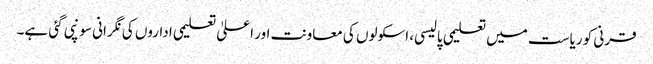
قرنی کو ریاست میں تعلیمی پالیسی، اسکولوں کی معاونت اور اعلیٰ تعلیمی اداروں کی نگرانی سونپی گئی ہے۔